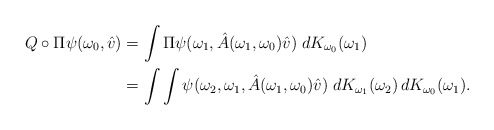
\begin{align*}Q\circ \Pi \psi(\omega_0,\hat{v}) &= \int \Pi\psi(\omega_1, \hat{A}(\omega_1,\omega_0)\hat{v}) \; dK_{\omega_0}(\omega_1)\\&=\int \int \psi(\omega_2,\omega_1, \hat{A}(\omega_1,\omega_0)\hat{v}) \; dK_{\omega_1}(\omega_2) \, dK_{\omega_0}(\omega_1).\end{align*}